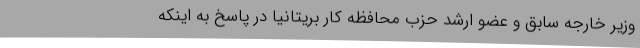
وزیر خارجه سابق و عضو ارشد حزب محافظه کار بریتانیا در پاسخ به اینکه